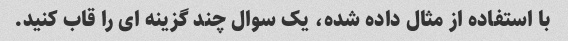
با استفاده از مثال داده شده، یک سوال چند گزینه ای را قاب کنید.